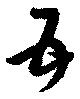
五